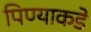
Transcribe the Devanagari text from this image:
पिण्याकडे